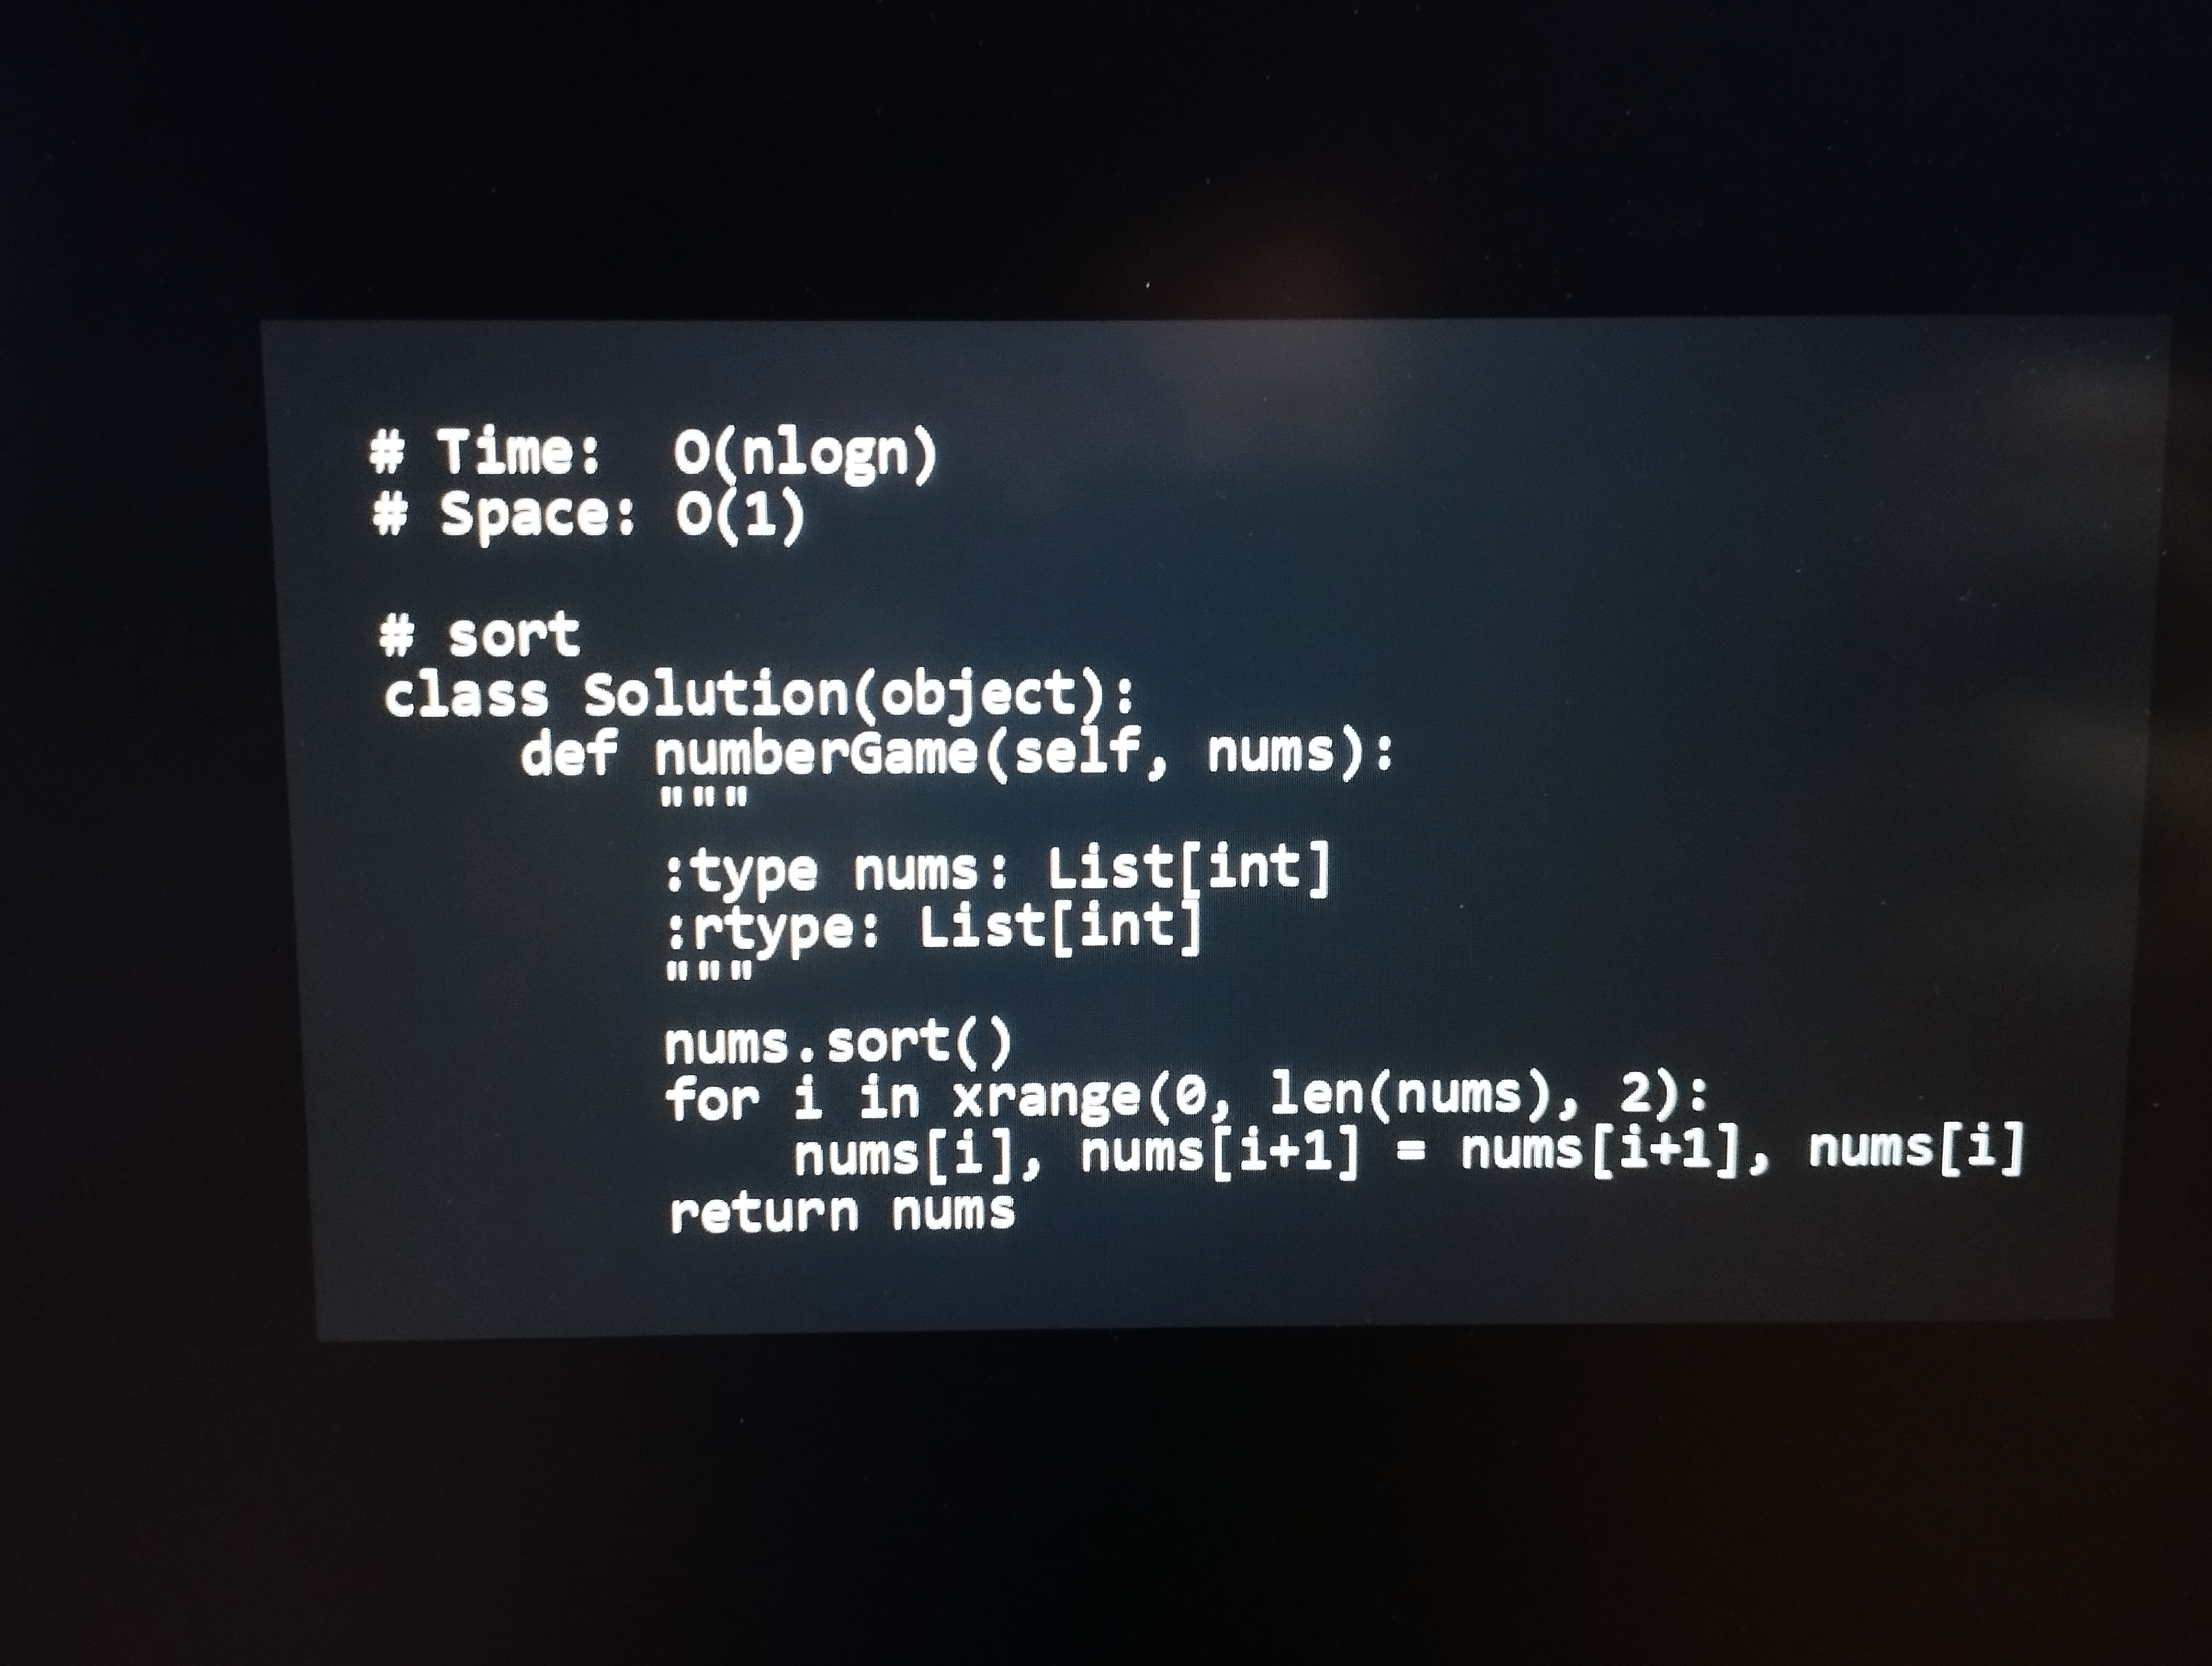
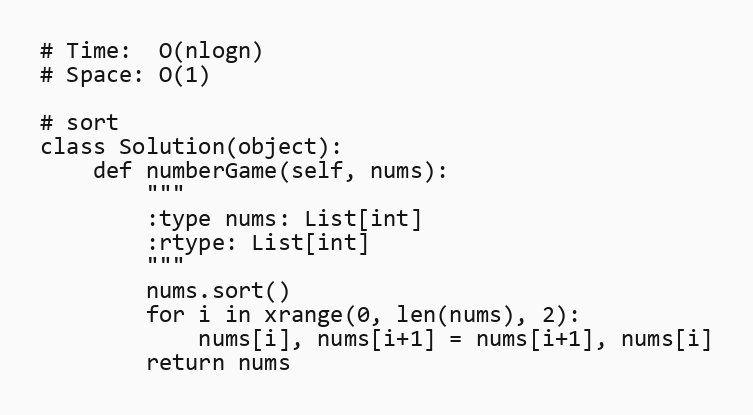
# Time:  O(nlogn)
# Space: O(1)

# sort
class Solution(object):
    def numberGame(self, nums):
        """
        :type nums: List[int]
        :rtype: List[int]
        """
        nums.sort()
        for i in xrange(0, len(nums), 2):
            nums[i], nums[i+1] = nums[i+1], nums[i]
        return nums